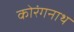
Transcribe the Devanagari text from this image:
कोरंगनाथ